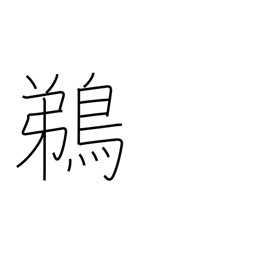
Meaning: cormorant